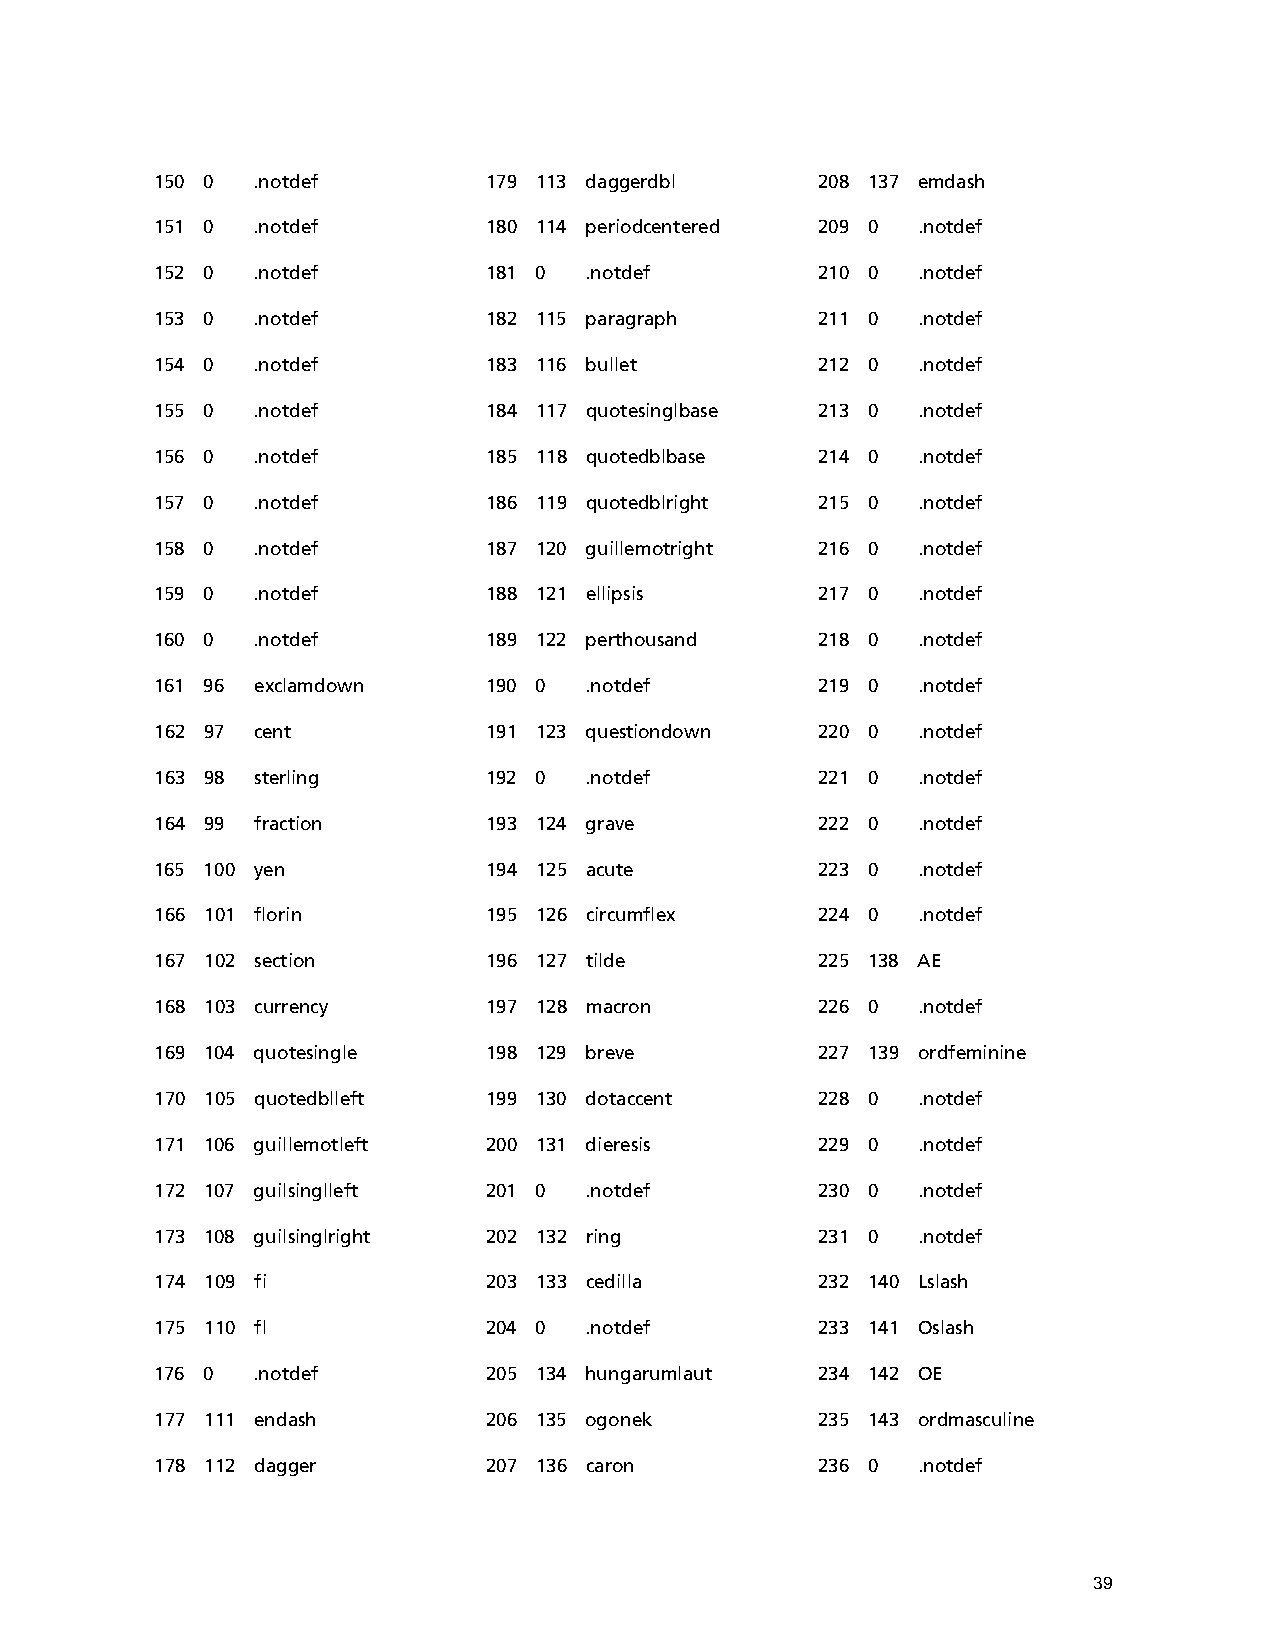
150 0  .notdef        179 113 daggerdbl     208 137 emdash
 151 0  .notdef        180 114 periodcentered 209 0 .notdef
 152 0  .notdef        181 0  .notdef        210 0  .notdef
 153 0  .notdef        182 115 paragraph     211 0  .notdef
 154 0  .notdef        183 116 bullet        212 0  .notdef
 155 0  .notdef        184 117 quotesinglbase 213 0 .notdef
 156 0  .notdef        185 118 quotedblbase  214 0  .notdef
 157 0  .notdef        186 119 quotedblright 215 0  .notdef
 158 0  .notdef        187 120 guillemotright 216 0 .notdef
 159 0  .notdef        188 121 ellipsis      217 0  .notdef
 160 0  .notdef        189 122 perthousand   218 0  .notdef
 161 96 exclamdown     190 0  .notdef        219 0  .notdef
 162 97 cent           191 123 questiondown  220 0  .notdef
 163 98 sterling       192 0  .notdef        221 0  .notdef
 164 99 fraction       193 124 grave         222 0  .notdef
 165 100 yen           194 125 acute         223 0  .notdef
 166 101 florin        195 126 circumflex    224 0  .notdef
 167 102 section       196 127 tilde         225 138 AE
 168 103 currency      197 128 macron        226 0  .notdef
 169 104 quotesingle   198 129 breve         227 139 ordfeminine
 170 105 quotedblleft  199 130 dotaccent     228 0  .notdef
 171 106 guillemotleft 200 131 dieresis      229 0  .notdef
 172 107 guilsinglleft 201 0  .notdef        230 0  .notdef
 173 108 guilsinglright 202 132 ring         231 0  .notdef
 174 109 fi            203 133 cedilla       232 140 Lslash
 175 110 fl            204 0  .notdef        233 141 Oslash
 176 0  .notdef        205 134 hungarumlaut  234 142 OE
 177 111 endash        206 135 ogonek        235 143 ordmasculine
 178 112 dagger        207 136 caron         236 0  .notdef
 39